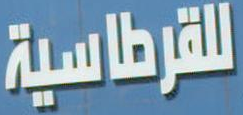
للقرطاسية